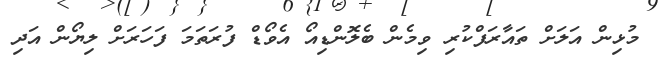
މުޅިން އަލަށް ތައާރަފްކުރި ވިމެން ބެލޮންޑިއޯ އެވޯޑް ފުރަތަމަ ފަހަރަށް ލިޔޯން އަދި